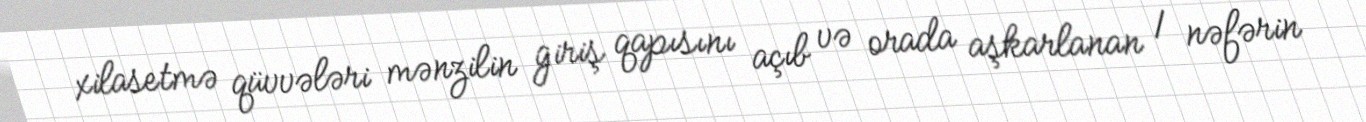
xilasetmə qüvvələri mənzilin giriş qapısını açıb və orada aşkarlanan 1 nəfərin